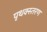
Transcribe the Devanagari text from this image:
पृथक्स्तरण